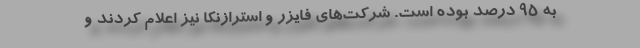
به ۹۵ درصد بوده است. شرکت‌های فایزر و استرازنکا نیز اعلام کردند و